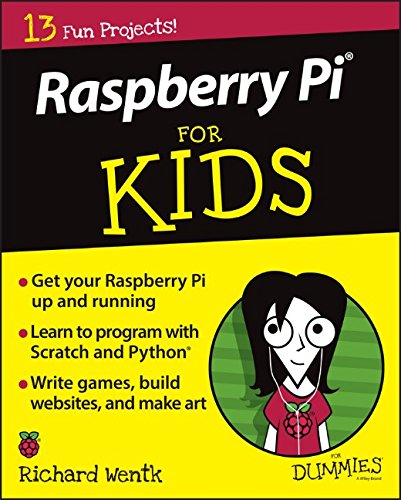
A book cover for Raspberry Pi For Kids For Dummies; Richard Wentk; Computers & Technology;